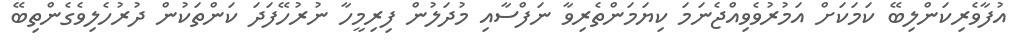
އުފާވެރިކަންލިބޭ ކަމަކަށް އަމުރުވެވިއްޖެނަމަ ކިޔަމަންތެރިވާ ނަފްސާއި މުދަލުން ފިރިމީހާ ނުރުހޭފަދަ ކަންތަކުން ދުރުހެލިވެގެންތިބޭ